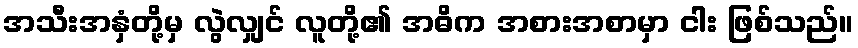
အသီးအနှံတို့မှ လွဲလျှင် လူတို့၏ အဓိက အစားအစာမှာ ငါး ဖြစ်သည်။